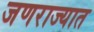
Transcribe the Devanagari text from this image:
जणराज्यात